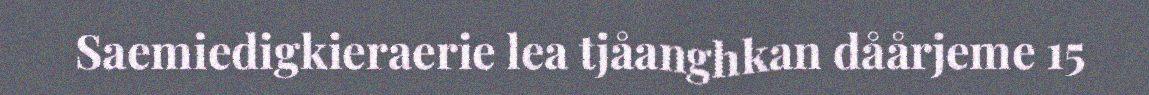
Saemiedigkieraerie lea tjåanghkan dåårjeme 15